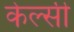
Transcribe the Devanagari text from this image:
केल्सी